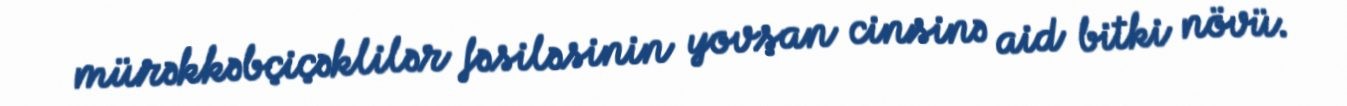
mürəkkəbçiçəklilər fəsiləsinin yovşan cinsinə aid bitki növü.